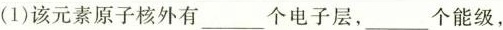
(1)该元素原子核外有___个电子层，___个能级，